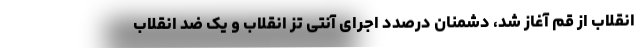
انقلاب از قم آغاز شد، دشمنان درصدد اجرای آنتی تز انقلاب و یک ضد انقلاب